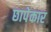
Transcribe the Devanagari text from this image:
छापेकार